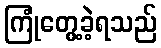
ကြုံတွေ့ခဲ့ရသည်